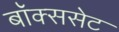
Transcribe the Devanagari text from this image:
बॉक्ससेट